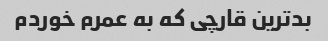
بدترین قارچی که به عمرم خوردم